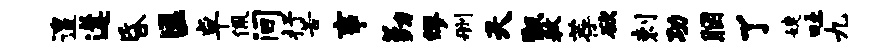
遑遘昏匡卓佩间抒苦事勤缪删天甑敖荐欲剌功胭了婕吐九